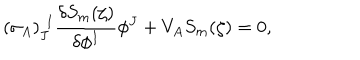
( \sigma _ { A } ) _ { J } ^ { ~ ~ \! I } \frac { \delta S _ { m } ( \zeta ) } { \delta \phi ^ { I } } \phi ^ { J } + V _ { A } S _ { m } ( \zeta ) = 0 ,